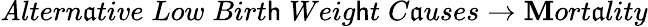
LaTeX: \mathit{A}ltern\mathfrak{a}tive\; Low\; Birt\mathsf{h}\; Weig\mathsf{h}t\; C\mathfrak{a}uses\rightarrow\mathbf{M}ort\mathfrak{a}lity